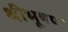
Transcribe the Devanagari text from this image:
श्रीभूषण